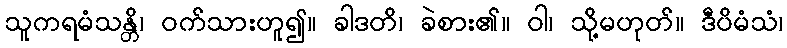
သူကရမံသန္တိ၊ ဝက်သားဟူ၍။ ခါဒတိ၊ ခဲစား၏။ ဝါ၊ သို့မဟုတ်။ ဒီပိမံသံ၊